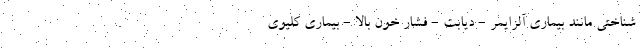
شناختی مانند بیماری آلزایمر - دیابت - فشار خون بالا - بیماری کلیوی